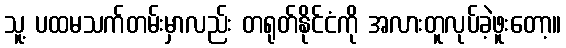
သူ့ ပထမသက်တမ်းမှာလည်း တရုတ်နိုင်ငံကို အလားတူလုပ်ခဲ့ဖူးတော့။